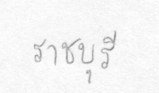
ราชบุรี